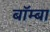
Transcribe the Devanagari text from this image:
बॉम्बा